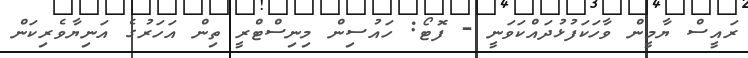
ރައީސް ޔާމީން ވާހަކަފުޅުދައްކަވަނީ - ފޮޓޯ: ހައުސިން މިނިސްޓްރީ ތިން އަހަރުގެ އަނިޔާވެރިކަން